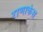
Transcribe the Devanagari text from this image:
राणाकंस